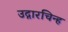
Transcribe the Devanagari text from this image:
उद्गारचिन्ह